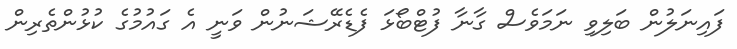
ފައިނަލުން ބަލިވި ނަމަވެސް ގާނާ ފުޓްބޯޅަ ފެޑެރޭޝަނުން ވަނީ އެ ގައުމުގެ ކުޅުންތެރިން